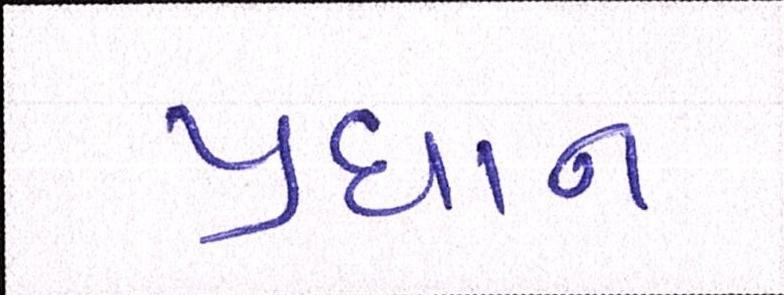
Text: પ્રધાન